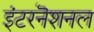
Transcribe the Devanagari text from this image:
इंटरनॆशनल